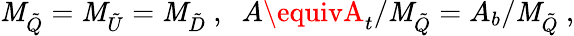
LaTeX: \mathit{M}_{\tilde{{Q}}}=\mathit{M}_{\tilde{{U}}}=\mathit{M}_{\tilde{{D}}}\ ,\; \; A\equivA_{t}/\mathit{M}_{\tilde{{Q}}}=A_{b}/\mathit{M}_{\tilde{{Q}}}\ ,